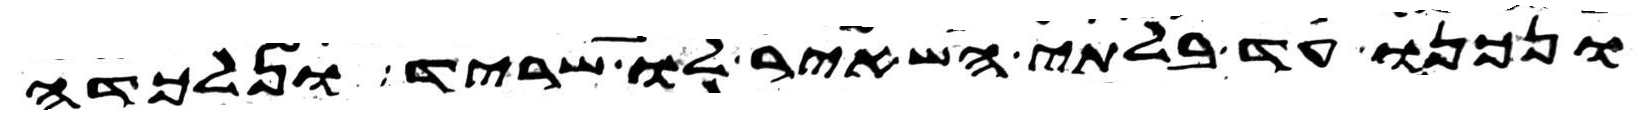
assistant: ונכנו עד בלתי השאיר לו שריד ונלכדה